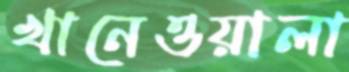
খানেওয়ালা